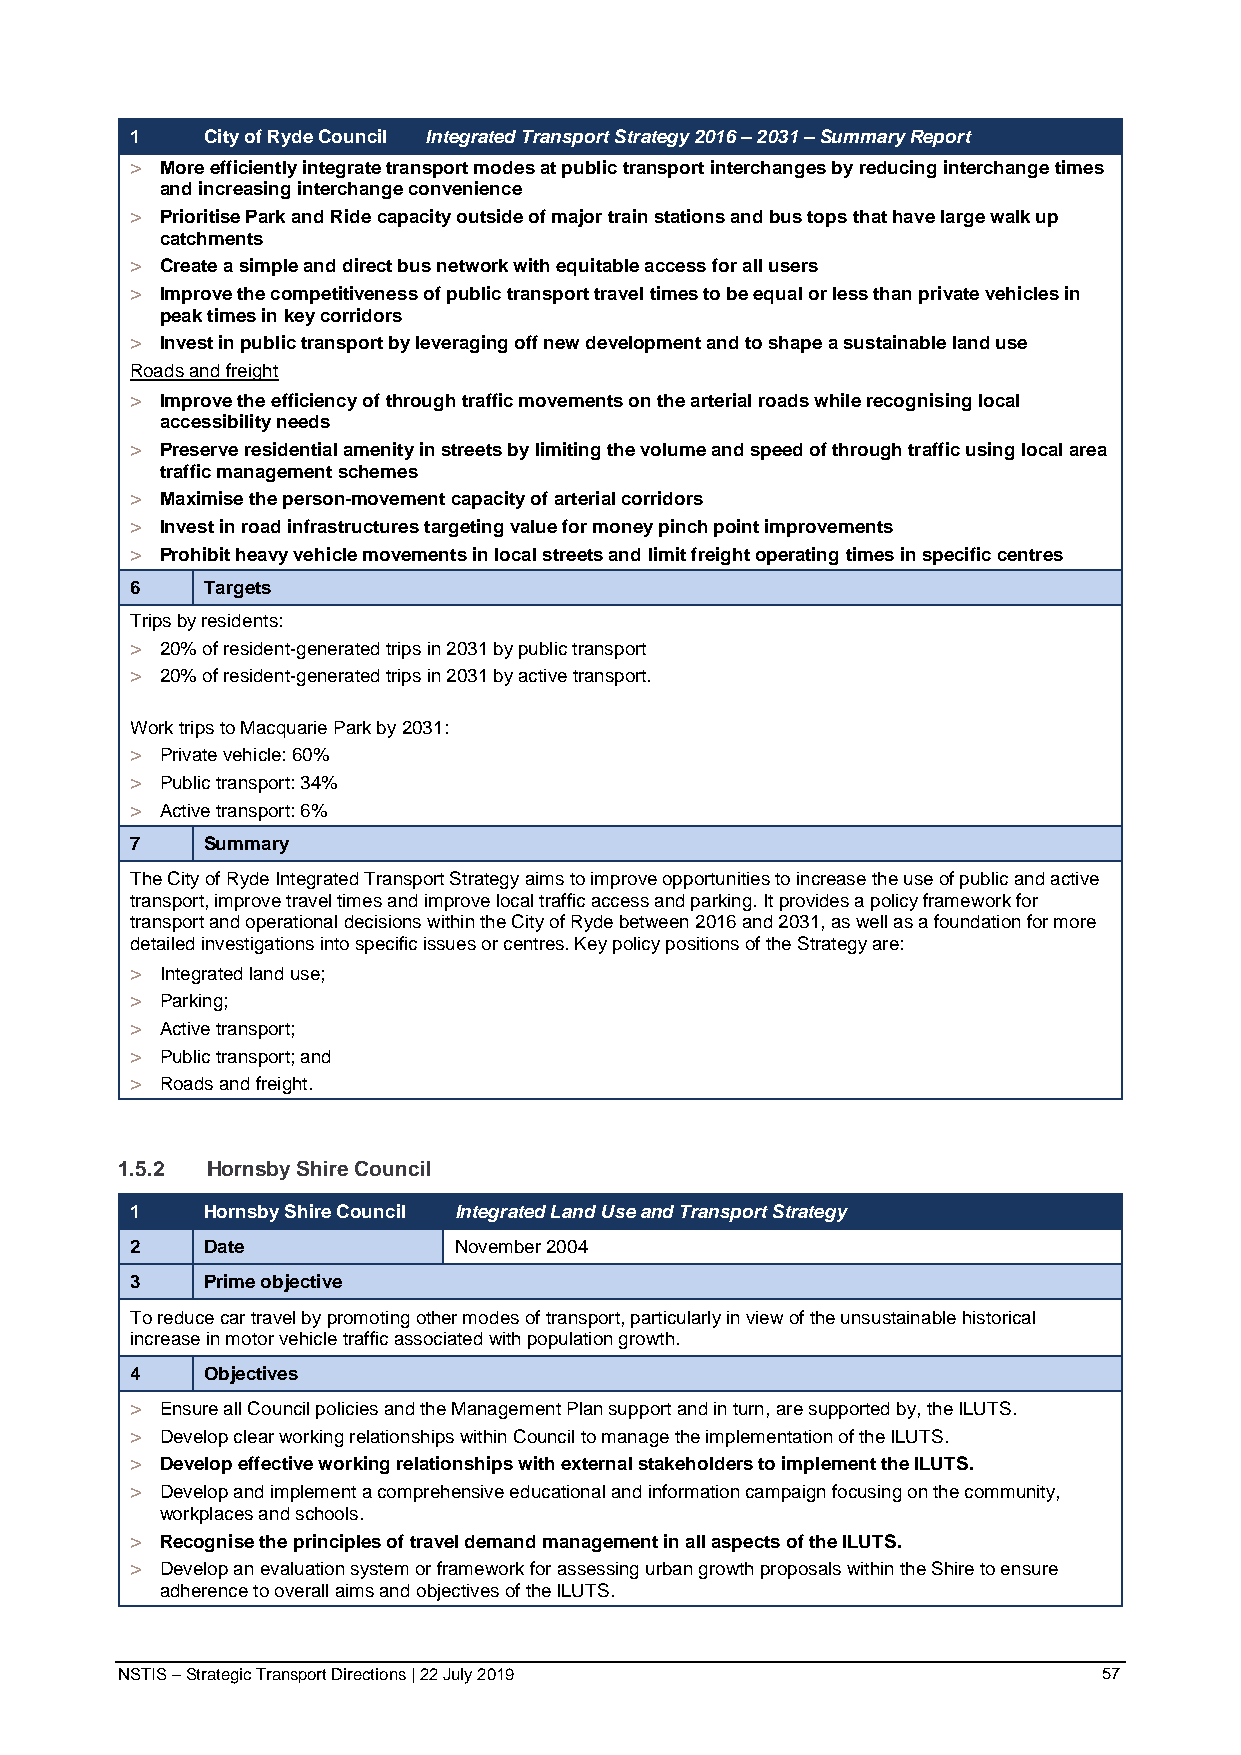
1   City of Ryde Council Integrated Transport Strategy 2016 – 2031 – Summary Report
 > More efficiently integrate transport modes at public transport interchanges by reducing interchange times
 and increasing interchange convenience
 > Prioritise Park and Ride capacity outside of major train stations and bus tops that have large walk up
 catchments
 > Create a simple and direct bus network with equitable access for all users
 > Improve the competitiveness of public transport travel times to be equal or less than private vehicles in
 peak times in key corridors
 > Invest in public transport by leveraging off new development and to shape a sustainable land use
 Roads and freight
 > Improve the efficiency of through traffic movements on the arterial roads while recognising local
 accessibility needs
 > Preserve residential amenity in streets by limiting the volume and speed of through traffic using local area
 traffic management schemes
 > Maximise the person-movement capacity of arterial corridors
 > Invest in road infrastructures targeting value for money pinch point improvements
 > Prohibit heavy vehicle movements in local streets and limit freight operating times in specific centres
 6   Targets
 Trips by residents:
 > 20% of resident-generated trips in 2031 by public transport
 > 20% of resident-generated trips in 2031 by active transport.
 Work trips to Macquarie Park by 2031:
 > Private vehicle: 60%
 > Public transport: 34%
 > Active transport: 6%
 7   Summary
 The City of Ryde Integrated Transport Strategy aims to improve opportunities to increase the use of public and active
 transport, improve travel times and improve local traffic access and parking. It provides a policy framework for
 transport and operational decisions within the City of Ryde between 2016 and 2031, as well as a foundation for more
 detailed investigations into specific issues or centres. Key policy positions of the Strategy are:
 > Integrated land use;
 > Parking;
 > Active transport;
 > Public transport; and
 > Roads and freight.
 1.5.2 Hornsby Shire Council
 1   Hornsby Shire Council Integrated Land Use and Transport Strategy
 2   Date             November 2004
 3   Prime objective
 To reduce car travel by promoting other modes of transport, particularly in view of the unsustainable historical
 increase in motor vehicle traffic associated with population growth.
 4   Objectives
 > Ensure all Council policies and the Management Plan support and in turn, are supported by, the ILUTS.
 > Develop clear working relationships within Council to manage the implementation of the ILUTS.
 > Develop effective working relationships with external stakeholders to implement the ILUTS.
 > Develop and implement a comprehensive educational and information campaign focusing on the community,
 workplaces and schools.
 > Recognise the principles of travel demand management in all aspects of the ILUTS.
 > Develop an evaluation system or framework for assessing urban growth proposals within the Shire to ensure
 adherence to overall aims and objectives of the ILUTS.
 NSTIS – Strategic Transport Directions | 22 July 2019            57